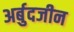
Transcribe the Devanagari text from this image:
अर्बुदजीन